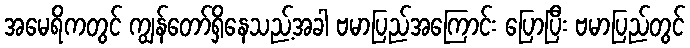
အမေရိကတွင် ကျွန်တော်ရှိနေသည့်အခါ ဗမာပြည်အကြောင်း ပြောပြီး ဗမာပြည်တွင်